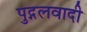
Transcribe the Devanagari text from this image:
पुद्गलवादी